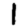
Digit: 1